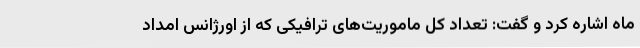
ماه اشاره کرد و گفت: تعداد کل ماموریت‌های ترافیکی که از اورژانس امداد